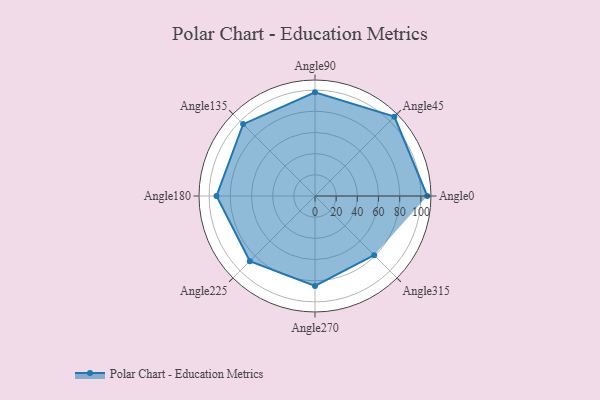
{"axis": {"x": "Angle", "y": "Radius"}, "legend": [""], "data": [{"x": "Angle0", "y": 106.0, "type": ""}, {"x": "Angle45", "y": 106.0, "type": ""}, {"x": "Angle90", "y": 98.0, "type": ""}, {"x": "Angle135", "y": 96.0, "type": ""}, {"x": "Angle180", "y": 93.0, "type": ""}, {"x": "Angle225", "y": 87.0, "type": ""}, {"x": "Angle270", "y": 85.0, "type": ""}, {"x": "Angle315", "y": 79.0, "type": ""}]}